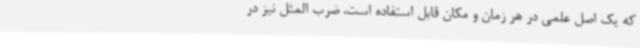
که یک اصل علمی در هر زمان و مکان قابل استفاده است، ضرب المثل نیز در